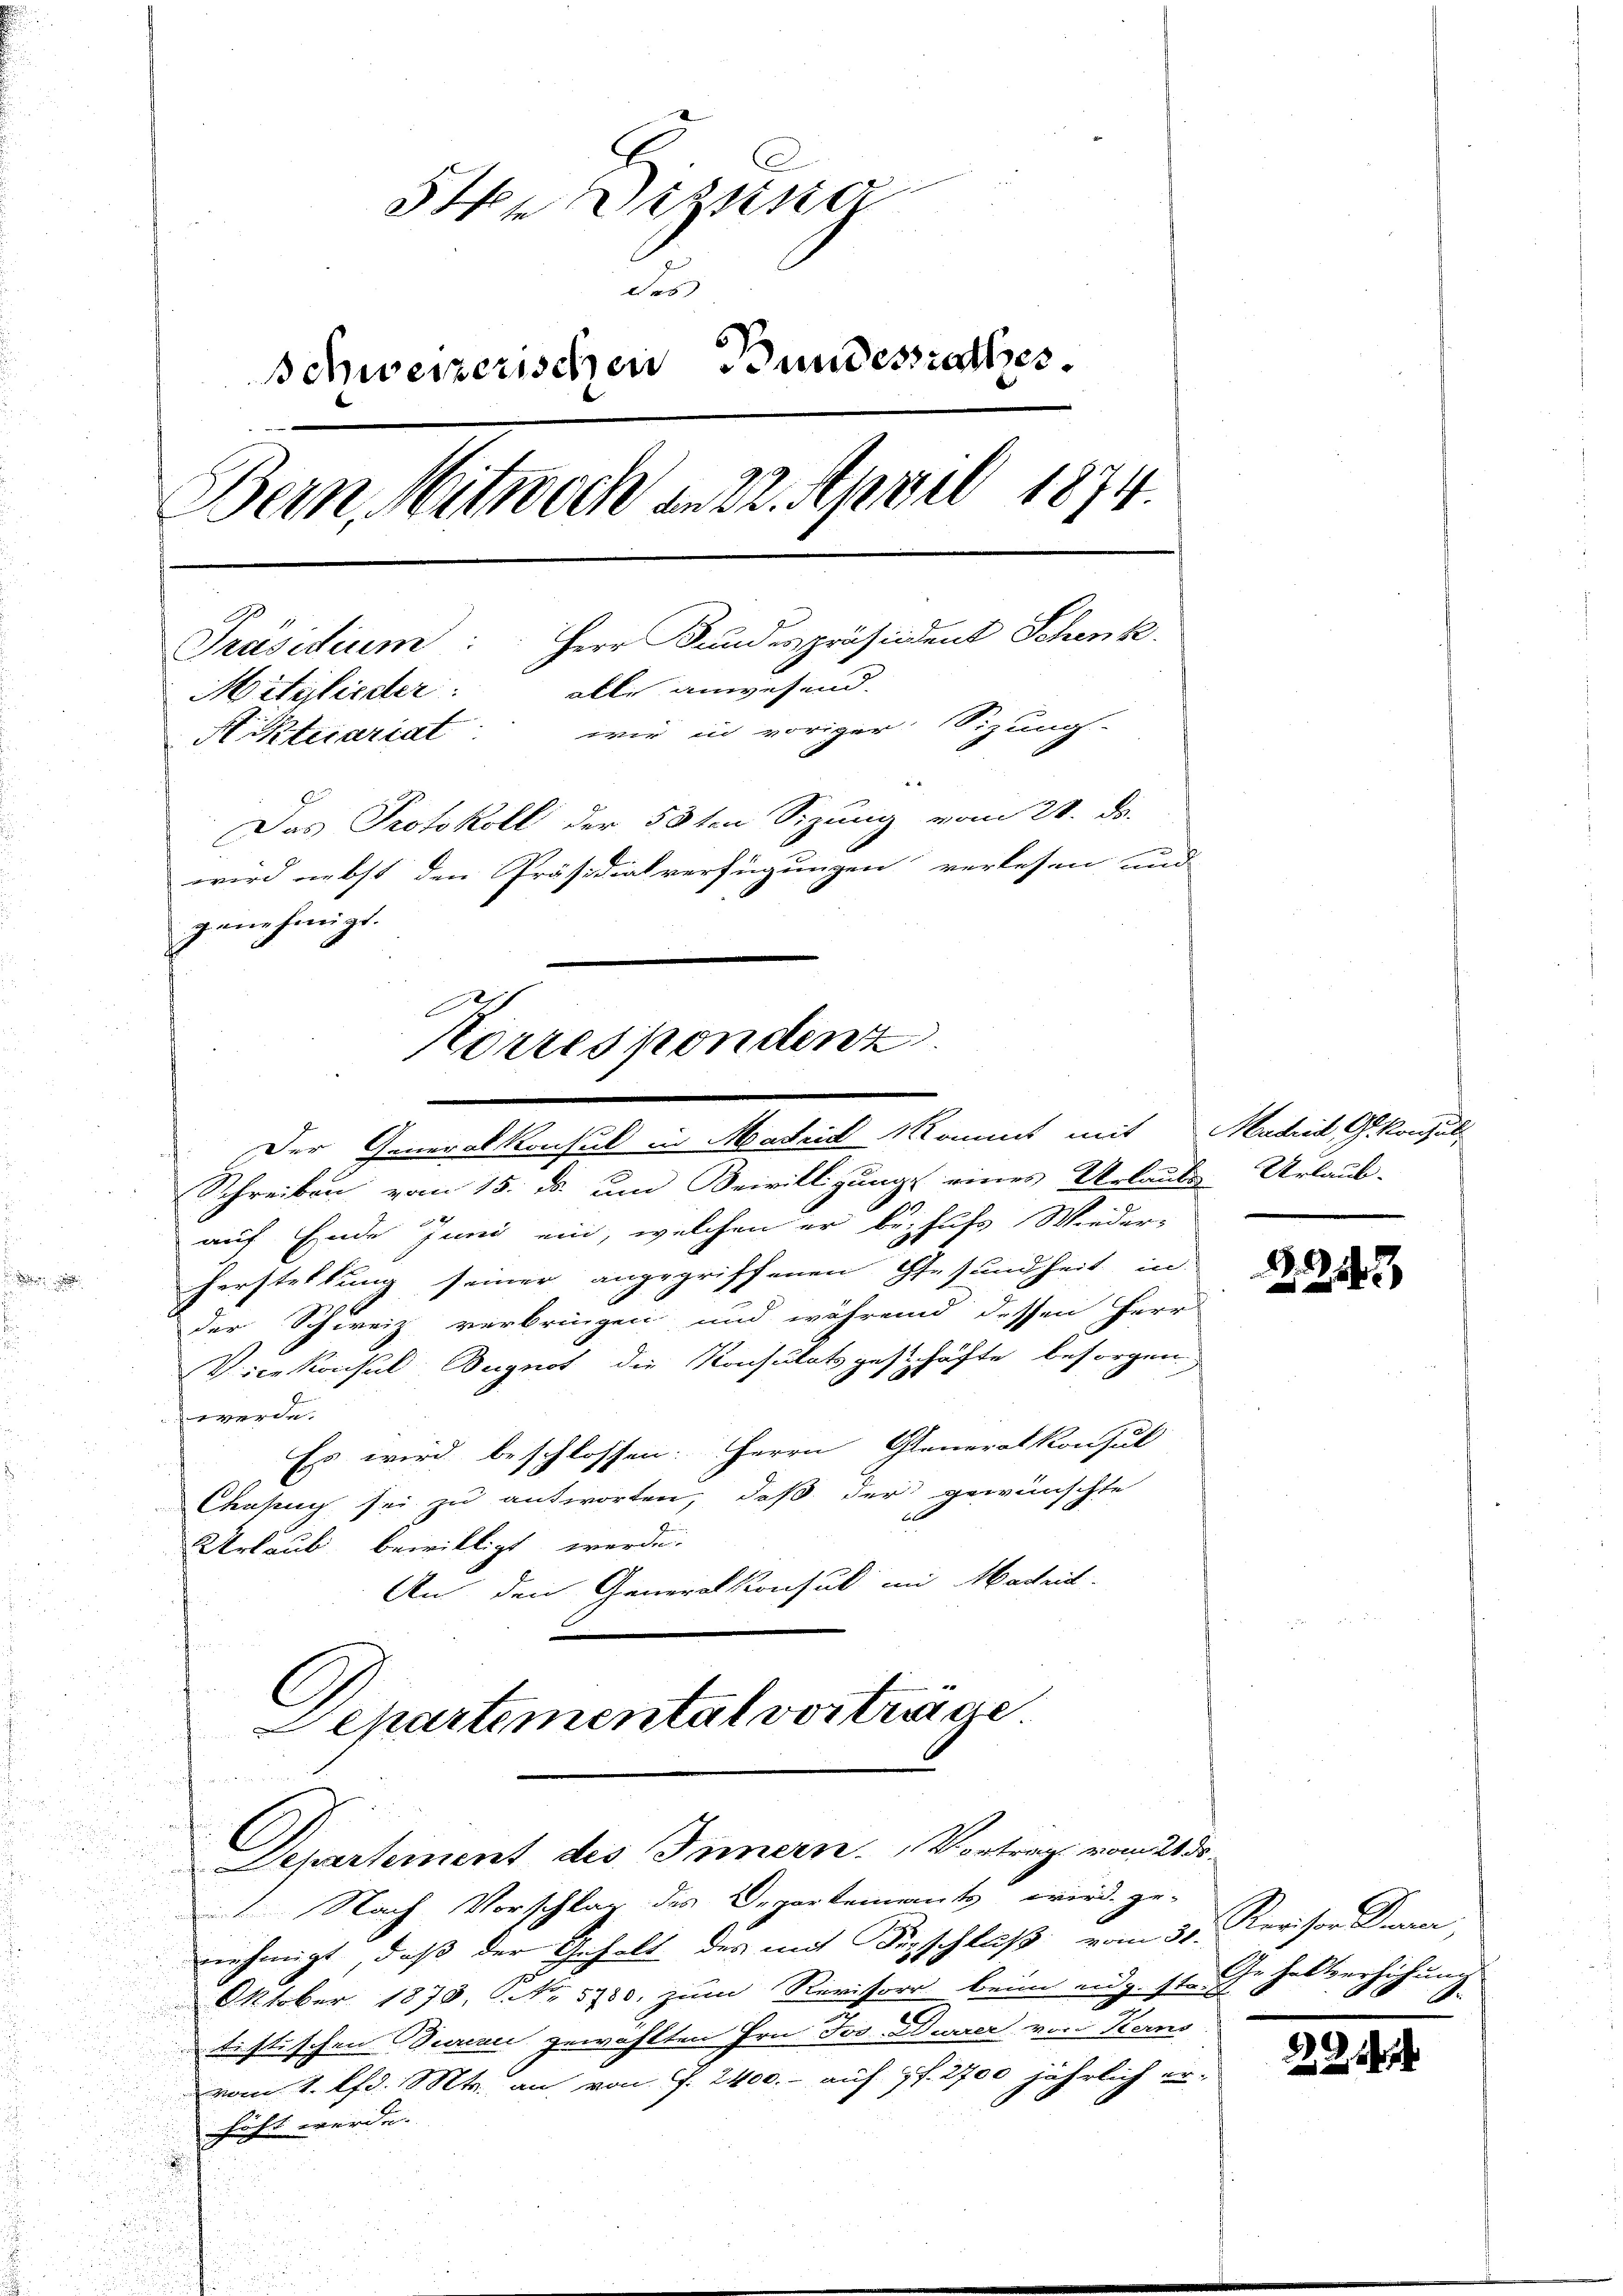
H Dizung
de
Schweizerischen Bundessrathes.
Bein Mitwoch am 22. April 1874.
Präsidium: Herr Bundespräsident Schenk.
Mitglieder: alle anwesend.
Atecariat wir in voriger Sizungs-
Das Protokoll der 58ten Sizung vom 28. d.
wird nebst den Präsidialverfügungen verlesen und
genehmigt.

Schreiben vom 15. ds. um Bewilligungs eines Urlauts Urlaub-
auf Ende Juni ein, welchen er behufs Wieder-
Herstellung seiner angegriffenen Gesundheit in
der Schweiz verbringen und während dessen Herr
Vicekonsul Bugnot die Konsulatsgeschäfte besorgen
werde.
Es wird beschlossen: Herrn Generat konsul
Chnsuch sei zu antworten, daß der gewünschte
x
Urlaub bewilligt werde.
An den Generalkonsul im Machrit
C

Korrespondenz

Der Generalkonsul in Madrid kommt mit Madrid G. Konsuls

Departementat vortrage
Departement des Innern. Vortrag vom 21 d

Nach Vorschlag des Departements wird. ge-
nehmigt, daß der Gehalt des mit Verschluß vom 31.
Oktober 1873, No 5700. zum Revisors beim eidg. 11. Gehalterlichun
tistischen Jurau gewählten Hrn. Jos. Durrer von Kerns
vom 1. lfd. Mts. an von J. 2400.- auf pf. 2700 jährlich er-
hüht werde.

1243

Revisor Dran,
A.

21